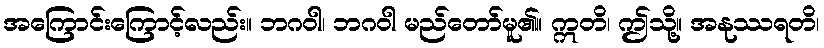
အကြောင်းကြောင့်လည်း။ ဘဂဝါ၊ ဘဂဝါ မည်တော်မူ၏။ ဣတိ၊ ဤသို့။ အနုဿရတိ၊